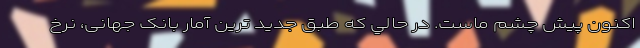
اكنون پيش چشم ماست. در حالي كه طبق جديد ترين آمار بانک جهانی، نرخ